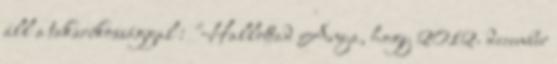
áll a takarékossággal : "Hallottad Anya, hogy 2012. december